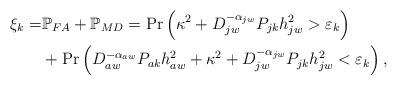
LaTeX: \begin{align*}{\xi _k} =& {{\mathbb P}_{FA}} + {{\mathbb P}_{MD}} = \Pr \left( {{\kappa ^2} + D_{jw}^{ - {\alpha _{jw}}}{P_{jk}}h_{jw}^2 > {\varepsilon _k}} \right)\\&+ \Pr \left( {D_{aw}^{ - {\alpha _{aw}}}{P_{ak}}h_{aw}^2 + {\kappa ^2} + D_{jw}^{ - {\alpha _{jw}}}{P_{jk}}h_{jw}^2 < {\varepsilon _k}} \right),\end{align*}